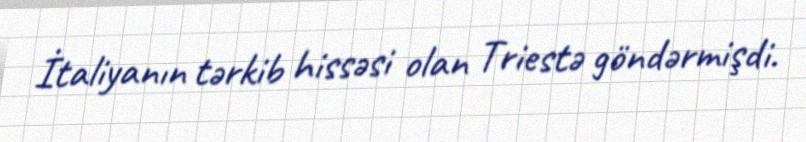
İtaliyanın tərkib hissəsi olan Triestə göndərmişdi.